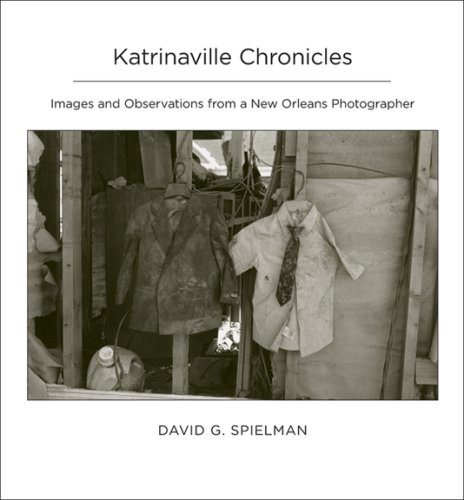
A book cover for Katrinaville Chronicles: Images and Observations from a New Orleans Photographer; David G. Spielman; Travel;